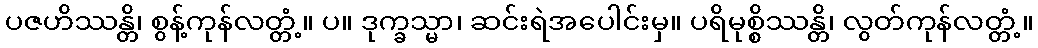
ပဇဟိဿန္တိ၊ စွန့်ကုန်လတ္တံ့။ ပ။ ဒုက္ခသ္မာ၊ ဆင်းရဲအပေါင်းမှ။ ပရိမုစ္စိဿန္တိ၊ လွတ်ကုန်လတ္တံ့။